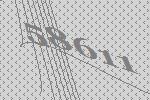
58611